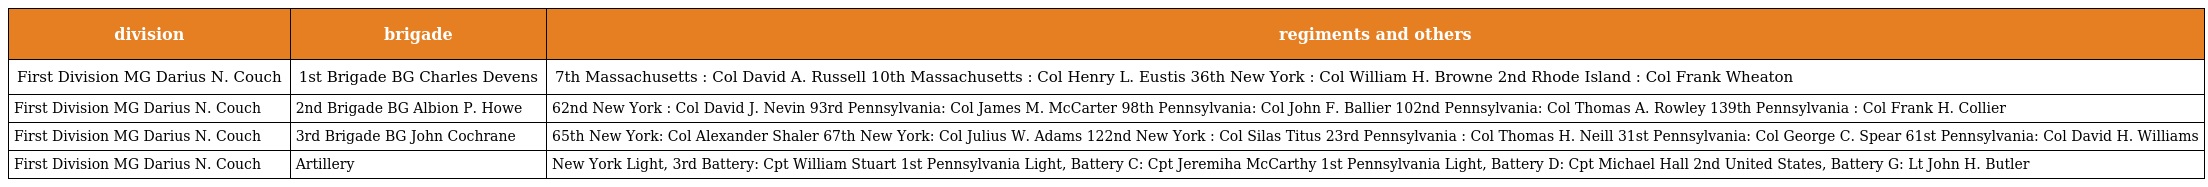
| division | brigade | regiments and others |
 | --- | --- | --- |
 | First Division MG Darius N. Couch | 1st Brigade BG Charles Devens | 7th Massachusetts : Col David A. Russell 10th Massachusetts : Col Henry L. Eustis 36th New York : Col William H. Browne 2nd Rhode Island : Col Frank Wheaton |
 | First Division MG Darius N. Couch | 2nd Brigade BG Albion P. Howe | 62nd New York : Col David J. Nevin 93rd Pennsylvania: Col James M. McCarter 98th Pennsylvania: Col John F. Ballier 102nd Pennsylvania: Col Thomas A. Rowley 139th Pennsylvania : Col Frank H. Collier |
 | First Division MG Darius N. Couch | 3rd Brigade BG John Cochrane | 65th New York: Col Alexander Shaler 67th New York: Col Julius W. Adams 122nd New York : Col Silas Titus 23rd Pennsylvania : Col Thomas H. Neill 31st Pennsylvania: Col George C. Spear 61st Pennsylvania: Col David H. Williams |
 | First Division MG Darius N. Couch | Artillery | New York Light, 3rd Battery: Cpt William Stuart 1st Pennsylvania Light, Battery C: Cpt Jeremiha McCarthy 1st Pennsylvania Light, Battery D: Cpt Michael Hall 2nd United States, Battery G: Lt John H. Butler |